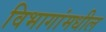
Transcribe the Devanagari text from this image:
विभागांमधील